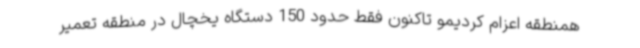
همنطقه اعزام کردیمو تاکنون فقط حدود 150 دستگاه یخچال در منطقه تعمیر